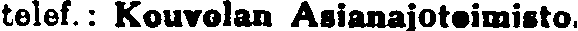
telef.: Kouvolan Asianajotoimisto.